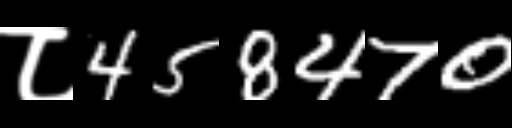
Text: ८458470